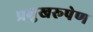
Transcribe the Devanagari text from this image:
प्रमुखरूपेण